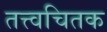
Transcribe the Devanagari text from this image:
तत्त्वचितक